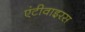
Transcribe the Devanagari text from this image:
एंटीवाइरस